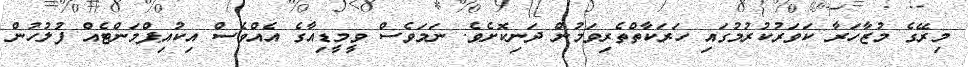
މިރޭގެ މުޒާހަރާ ކަވަރުކުރުމުގައި ހަރަކާތްތެރިވަމުން ދަނިކޮށެވެ. ނަމަވެސް ވީމީޑިއާގެ އެއްވެސް އިކުއިޕްމަންޓެއް ފުލުހުން